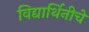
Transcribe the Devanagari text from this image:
विद्यार्थिनीचे